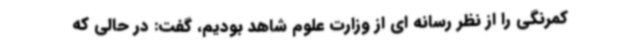
کمرنگی را از نظر رسانه ای از وزارت علوم شاهد بودیم، گفت: در حالی که